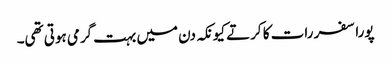
پورا سفر رات کا کرتے کیونکہ دن میں بہت گرمی ہوتی تھی۔